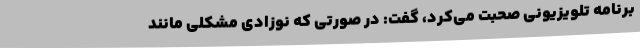
برنامه تلویزیونی صحبت می‌کرد، گفت: در صورتی که نوزادی مشکلی مانند